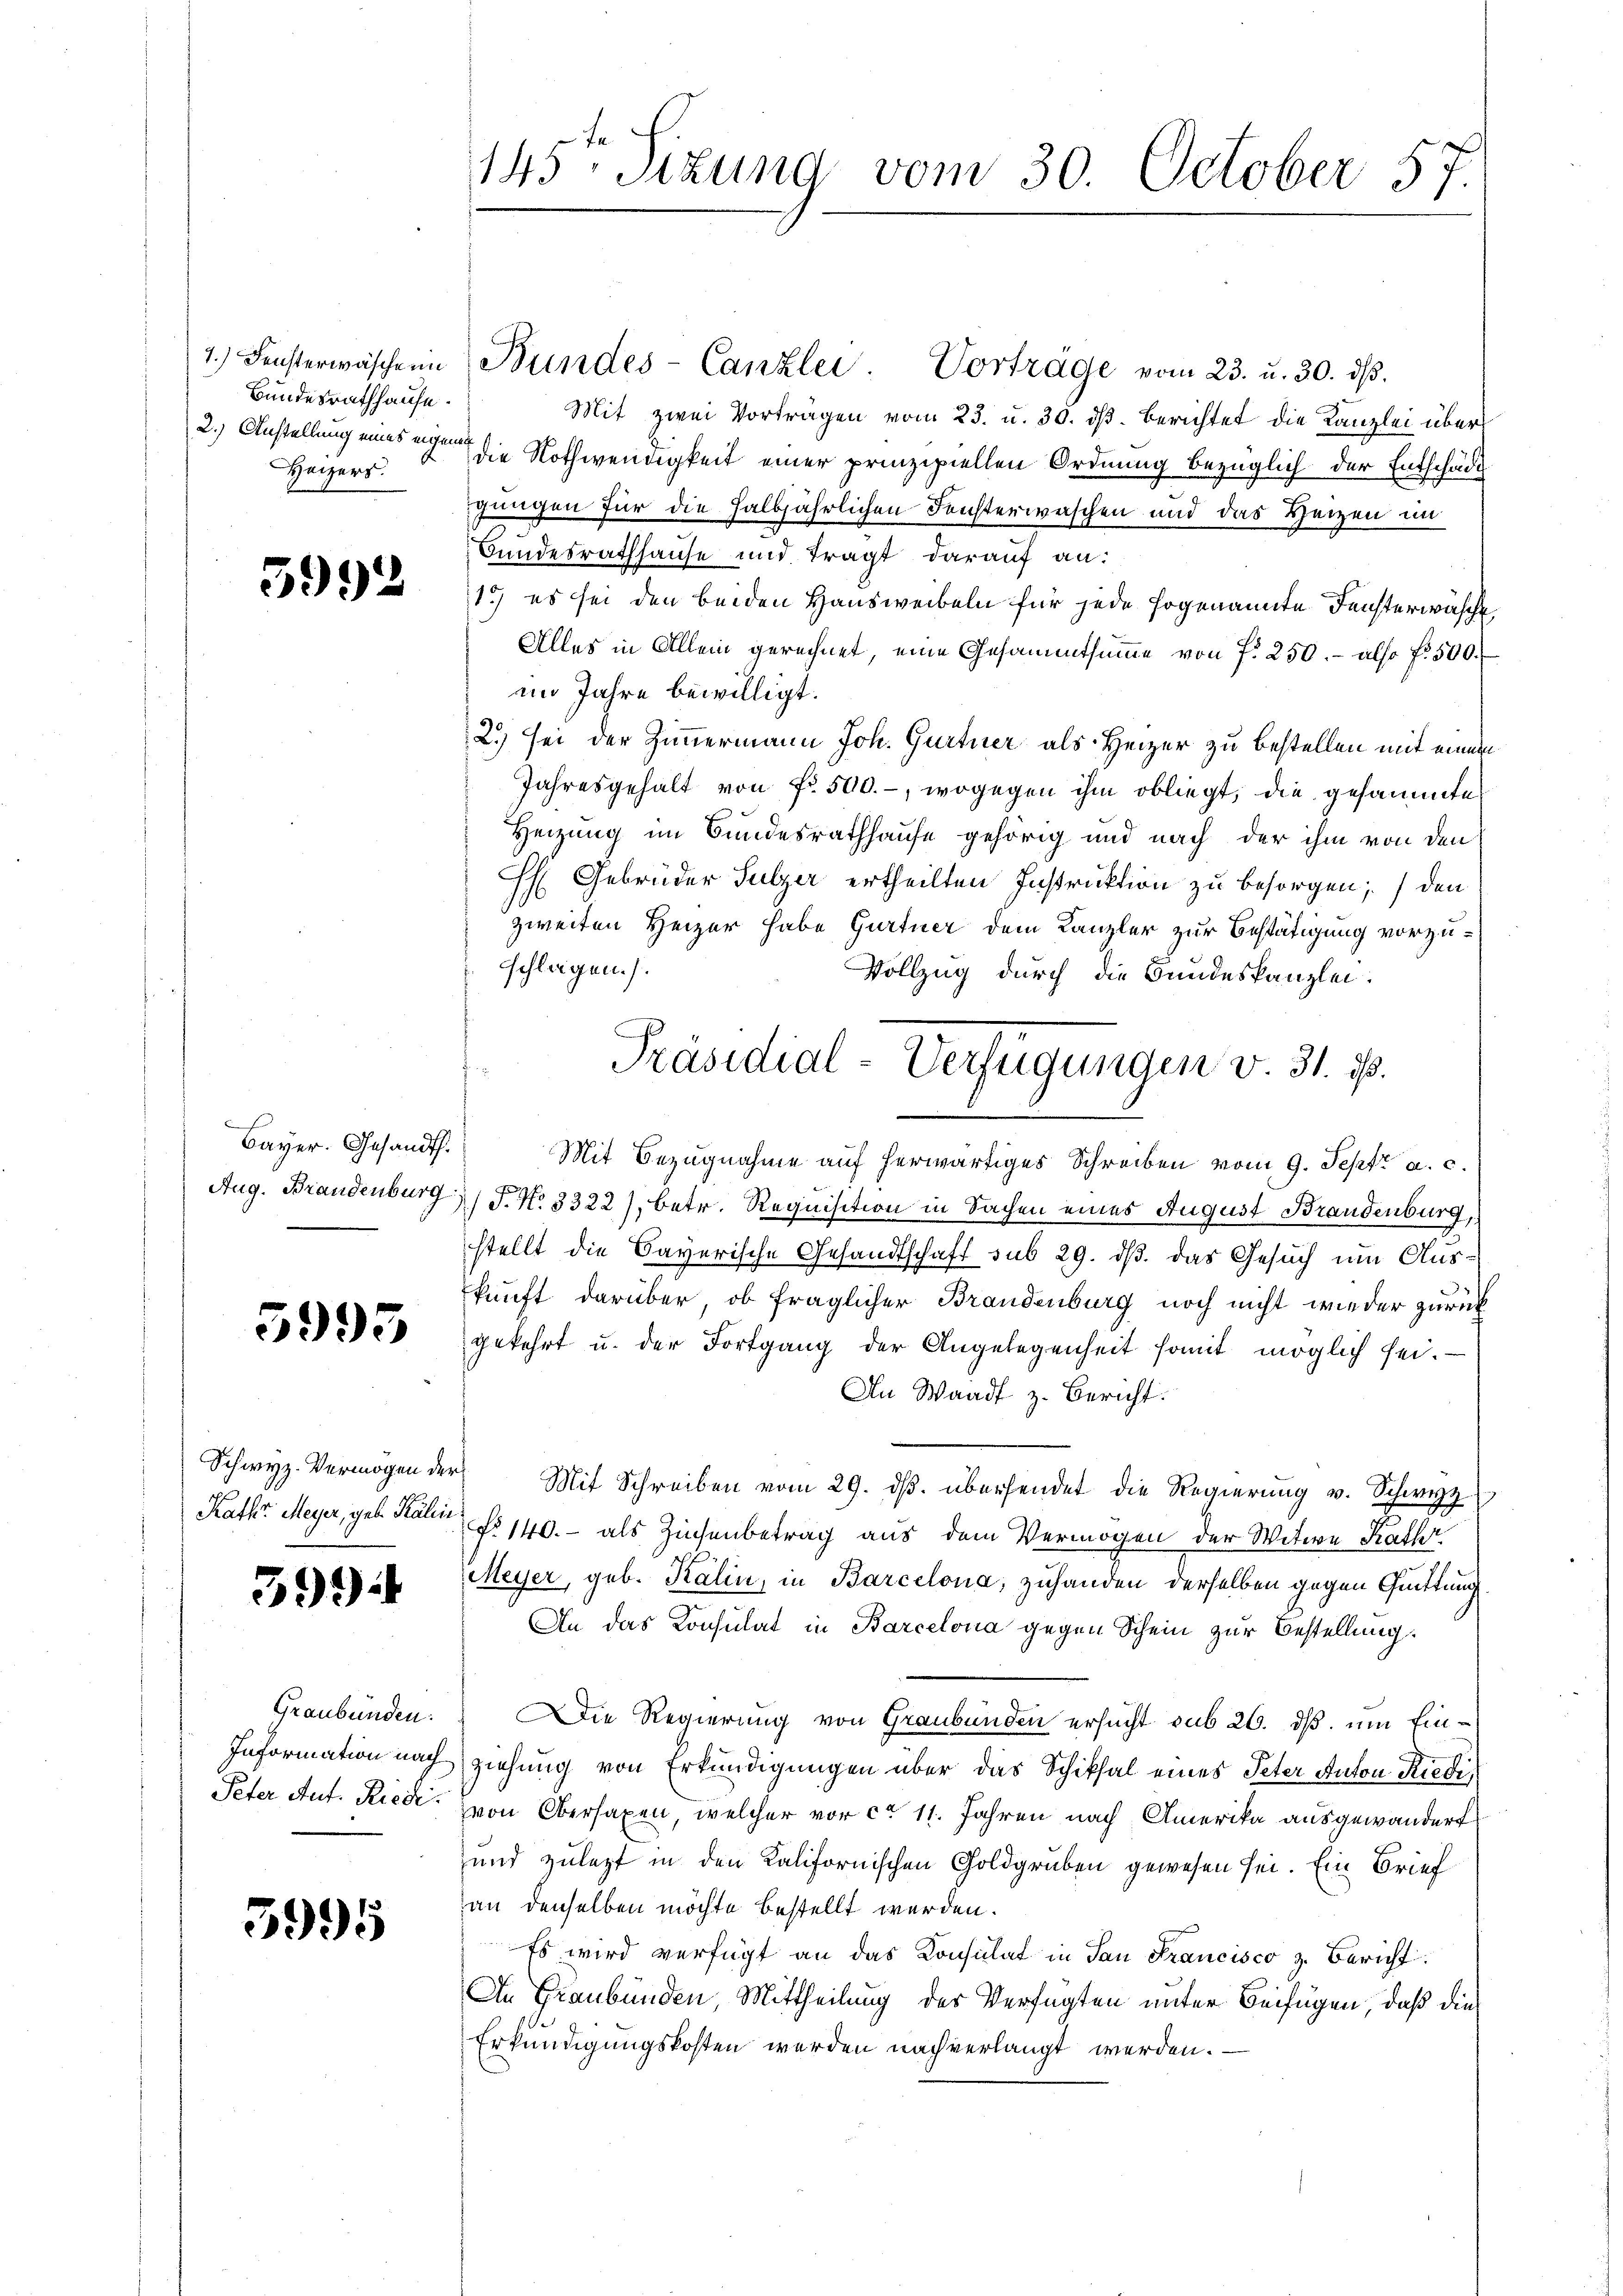
7. Fensterwäsche in
Bundesrathhause.
Heizers.

5992

Bayer. Gesandt.
Aug. Brandenburg

5995

Schwyz. Vermögen der
Kath. Meyer, geb. Kaline

399

Graubünden:
Information nach
Peter Aut. Kredi

5995

145. Sizung vom 30. October 57.

Bundes-Canzlei. Vorträge vom 23. u. 30. ds.
Mit zwei Vorträgen vom 23. u. 30. ds. Berichtet die Kanzlei über¬
2.) Anstellung eines eigen die Nothwendigkeit einer prinzipiellen Ordnung bezüglich der Entschäde
gungen für die halbjährlichen Fensterwaschen und das Heizen im
Bundesrathhause und tragt darauf an:
1.) es sei den beiden Hausweibeln für jede sogenannte Fensterwascht,
Alles in Allein gerechnet, eine Gesammtsumme von f. 250.- also fr. 500.
im Jahre bewilligt.
2.) sei der Zimmermann Joh. Gurtner als Heizer zu bestellen mit einem
Jahresgehalt von fr. 500.-, wogegen ihm obliegt, die gesammte
Heizung im Bundesrathhause gehörig und nach der ihm von den
h Gebrüder Sulzer ertheilten Instruktion zu besorgen; den
zweiten Heizer habe Gurtner dem Kanzler zur Bestätigung vorzu¬
. schlagen.).
Vollzug durch die Bundeskanzlei.
Mit Bezugnahme auf herwärtiges Schreiben vom 9. Sept. a. c.
F. No 3322), betr. Requisition in Sachen eines August Brandenburg,
stellt die Bayerische Gesandtschaft sub 29. dß das Gesuch um Auskunft darüber, ob fraglicher Brandenburg noch nicht wieder zurück
gekehrt u. der Fortgang der Angelegenheit somit möglich sei.
An Waadt z. Bericht.
Mit Schreiben vom 29. dβ. übersendet die Regierŭng v. Schwyz
P. 140.- als Zinsenbetrag aus dem Vermögen der Witwe Kathe
Meyer, geb. Kalin, in Barcelona, zuhanden derselben gegen Quittung
An das Konsulat in Barcelona gegen Schein zur Bestellung.
Die Regierung von Graubünden ersucht sub 26. dß. um Einziehung von Erkundigungen über das Schiksal eines Peter Anton Riedi
von Obersaxen, welcher vor ca 11. Jahren nach Amerika ausgewandert
und zulezt in den Kalifornischen Goldgruben gewesen sei. Ein Brief
an denselben möchte bestellt werden.
Es wird verfügt an das Konsulat in San Francisco z. Bericht
An Graubünden, Mittheilung der Verfügten unter Beifügen, daß die
Erkundigungskosten werden nach verlangt werden.

Präsidial-Verfügungen v. 31. d.